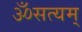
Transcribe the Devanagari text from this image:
ॐसत्यम्